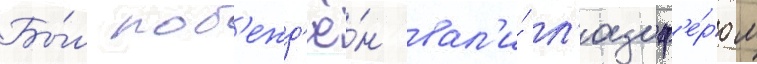
Бы́л поб'ежд'ё́н вал'и́ л'юциф'е́ром